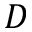
D